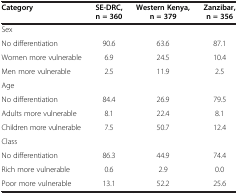
| Category | SE-DRC, n = 360 | Western Kenya, n = 379 | Zanzibar, n = 356 |
 | --- | --- | --- | --- |
 | Sex |  |  |  |
 | No differentiation | 90.6 | 63.6 | 87.1 |
 | Women more vulnerable | 6.9 | 24.5 | 10.4 |
 | Men more vulnerable | 2.5 | 11.9 | 2.5 |
 | Age |  |  |  |
 | No differentiation | 84.4 | 26.9 | 79.5 |
 | Adults more vulnerable | 8.1 | 22.4 | 8.1 |
 | Children more vulnerable | 7.5 | 50.7 | 12.4 |
 | Class |  |  |  |
 | No differentiation | 86.3 | 44.9 | 74.4 |
 | Rich more vulnerable | 0.6 | 2.9 | 0.0 |
 | Poor more vulnerable | 13.1 | 52.2 | 25.6 |